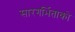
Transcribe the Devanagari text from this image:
सारगर्भिताको